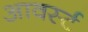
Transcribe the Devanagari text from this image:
आवर्स्ट